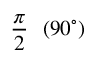
{ \frac { \pi } { 2 } } \ \ ( 9 0 ^ { \circ } )